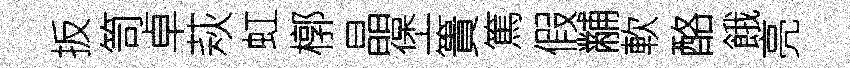
扳笥卓萩虹槨晶堡簣篤假黼軟酪餓亮